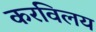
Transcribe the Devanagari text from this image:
करविलय